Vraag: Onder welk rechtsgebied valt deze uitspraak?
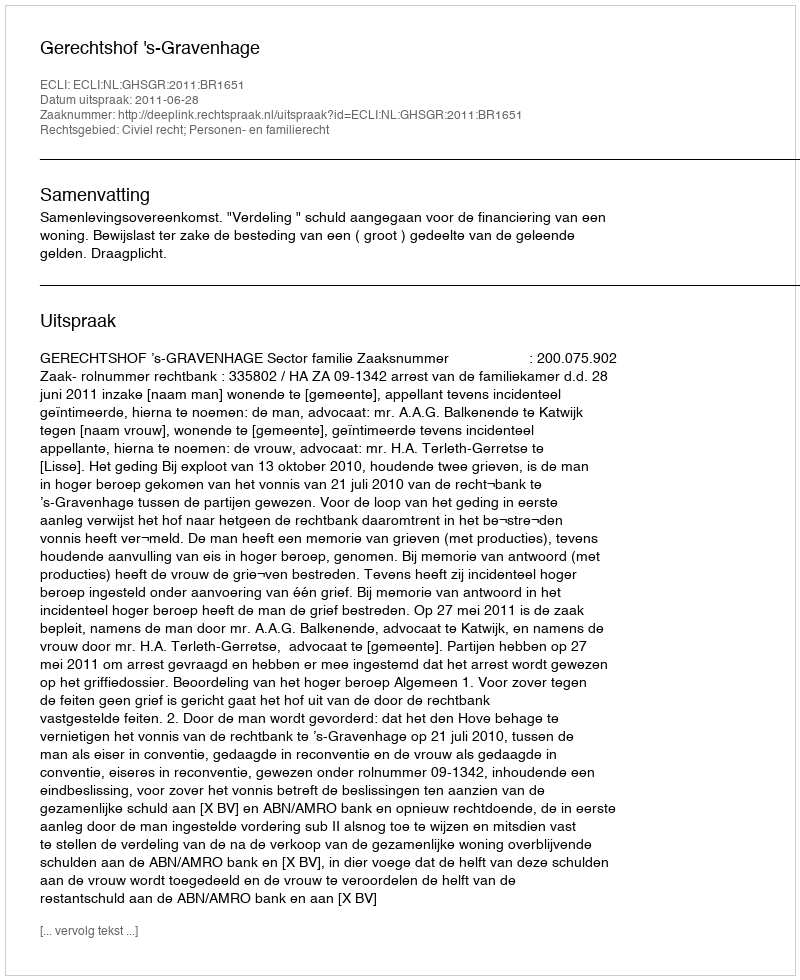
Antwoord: Civiel recht; Personen- en familierecht